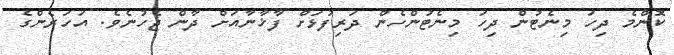
ކޮންމެ ދިހަ މިނެޓުން ދިހަ މިނެޓުންހެން ދަރިފުޅަށް ފާޚާނާއަށް ދާން ޖެހުނެވެ. އަހަރެންގެ